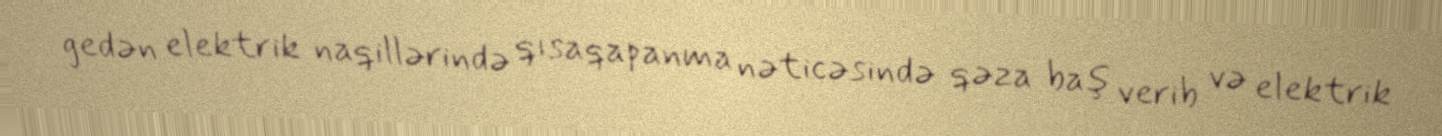
gedən elektrik naqillərində qısaqapanma nəticəsində qəza baş verib və elektrik